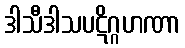
ဒါသီဒါသပဋိဂ္ဂဟဏာ